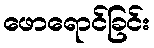
ဖောရောင်ခြင်း